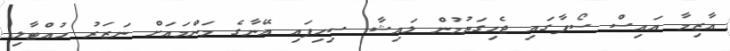
އާޒިމާ އައިސް ސޯފާގައި ޖެހިގަތުމުން ލައިޝާ ސިހިފައި އޭނާގެ މަންމައަށް ނަޒަރު ހުއްޓާލި